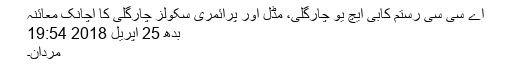
اے سی سی رستم کابی ایچ یو چارگلی، مڈل اور پرائمری سکولز چارگلی کا اچانک معائنہ
بدھ 25 اپریل 2018 19:54
مردان۔